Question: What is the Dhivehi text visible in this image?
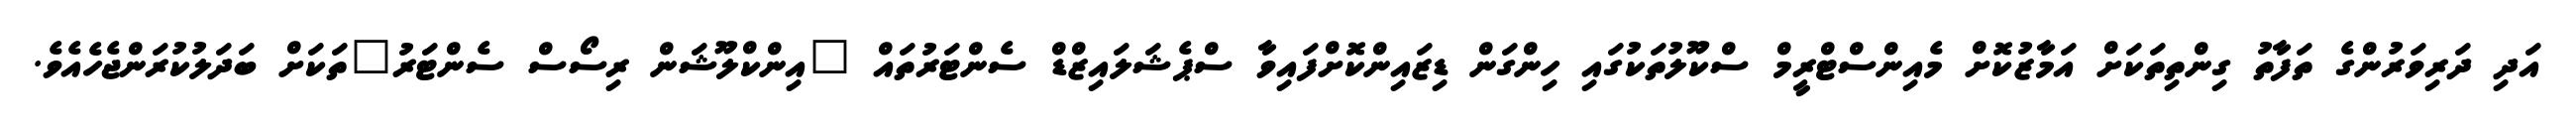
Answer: އަދި ދަރިވަރުންގެ ތަފާތު ގިންތިތަކަށް އަމާޒުކޮށް މެއިންސްޓްރީމް ސްކޫލުތަކުގައި ހިންގަން ޑިޒައިންކޮށްފައިވާ ސްޕެޝަލައިޒްޑް ސެންޓަރުތައް "އިންކްލޫޝަން ރިސޯސް ސެންޓަރު"ތަކަށް ބަދަލުކުރަންޖެހެއެވެ.